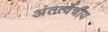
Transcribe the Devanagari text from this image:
अंतर्त्वचीय